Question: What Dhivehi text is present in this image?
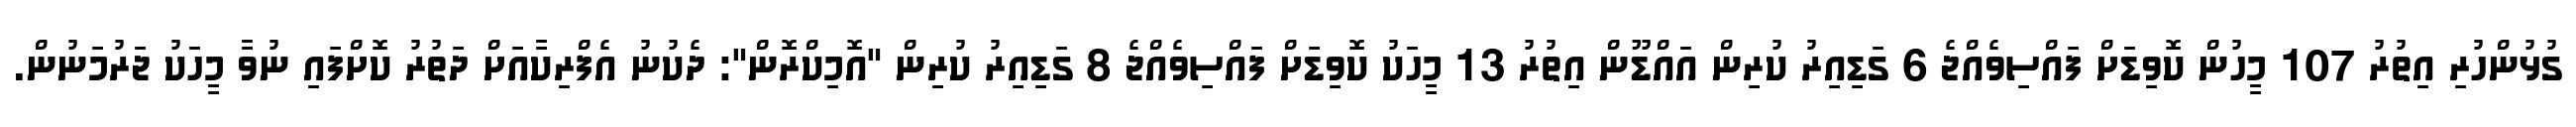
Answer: ގުޅުންހުރި އިތުރު 107 މީހުން ކޮވިޑަށް ފައްސިވެއްޖެ 6 ގަޑިއިރު ކުރިން އައްޑޫން އިތުރު 13 މީހަކު ކޮވިޑަށް ފައްސިވެއްޖެ 8 ގަޑިއިރު ކުރިން "އޮމިކްރޮން": ދެކުނު އެފްރިކާއަށް ދަތުރު ކޮށްފައި ނުވާ މީހަކު ޖަރުމަނުން.